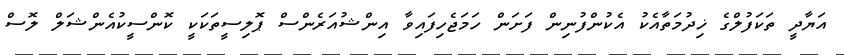
އަޔާދީ ތަކަފުލްގެ ޚިދުމަތާއެކު އެކުންފުނިން ފަށަން ހަމަޖެހިފައިވާ އިންޝުއަރެންސް ޕޮލިސީތަކަކީ ކޮންސީކުއެންޝަލް ލޮސް